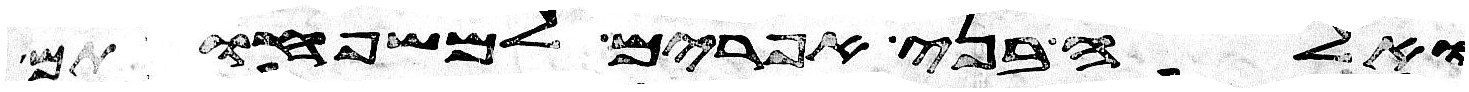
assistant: ואלה בני אפרים למשפחותם